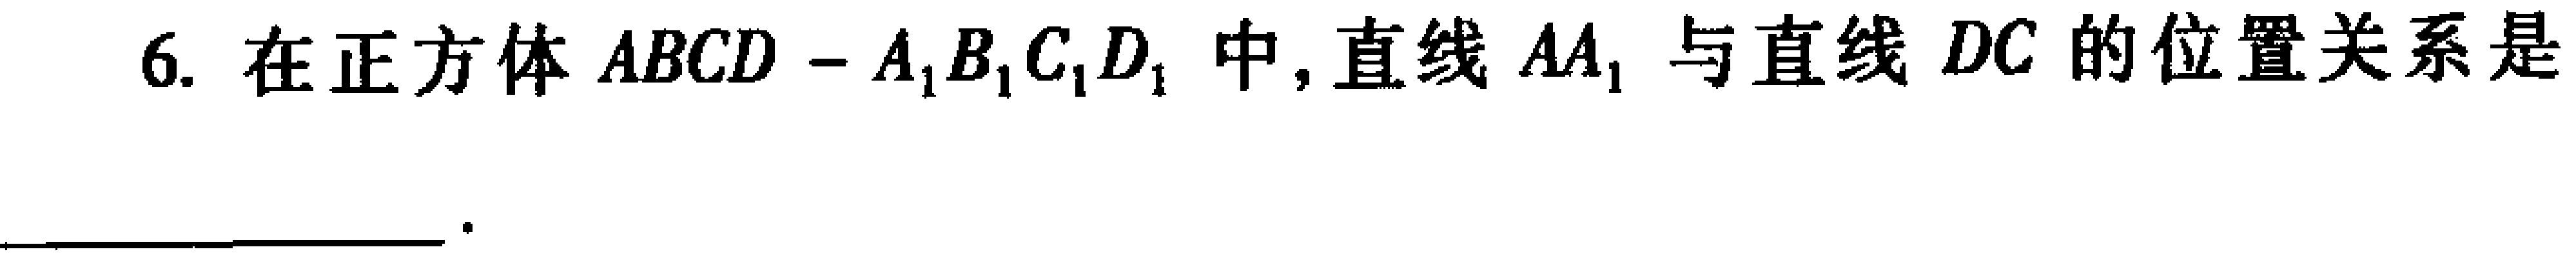
6. 在正方体 \(ABCD - A_{1}B_{1}C_{1}D_{1}\) 中, 直线 \(AA_{1}\) 与直线 \(DC\) 的位置关系是  。